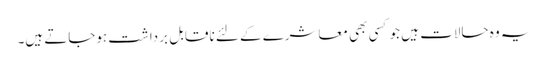
یہ وہ حالات ہیں جو کسی بھی معاشرے کے لئے ناقابل برداشت ہوجاتے ہیں۔